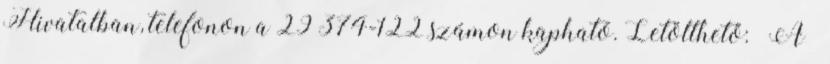
Hivatalban, telefonon a 29 374-122 számon kapható. Letölthető: „A”